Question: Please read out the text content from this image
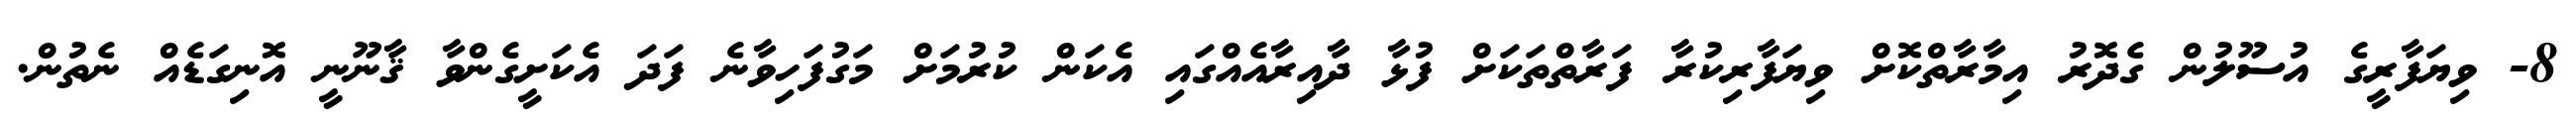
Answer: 8- ވިޔަފާރީގެ އުސޫލުން ގެދޮރު އިމާރާތްކޮށް ވިޔަފާރިކުރާ ފަރާތްތަކަށް ފުޅާ ދާއިރާއެއްގައި އެކަން ކުރުމަށް މަގުފަހިވާނެ ފަދަ އެކަށީގެންވާ ޤާނޫނީ އޮނިގަޑެއް ނެތުން.